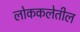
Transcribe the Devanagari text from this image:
लोककलेतील